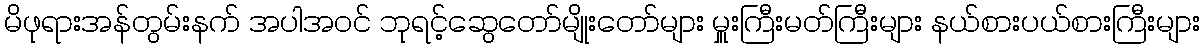
မိဖုရားအန်တွမ်းနက် အပါအဝင် ဘုရင့်ဆွေတော်မျိုးတော်များ မှူးကြီးမတ်ကြီးများ နယ်စားပယ်စားကြီးများ